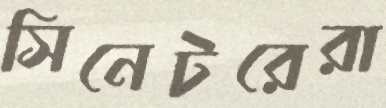
সিনেটরেরা